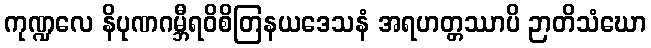
ကုဏ္ဍလေ နိပုဏဂမ္ဘီရဝိစိတြနယဒေသနံ အရဟတ္တဿာပိ ဉာတိသံဃော